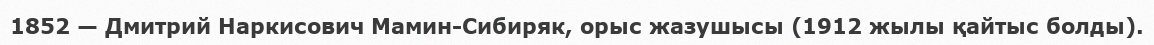
1852 — Дмитрий Наркисович Мамин-Сибиряк, орыс жазушысы (1912 жылы қайтыс болды).